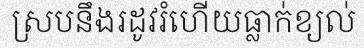
ស្របនឹងរដូវរំហើយធ្លាក់ខ្យល់